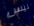
ليس